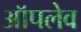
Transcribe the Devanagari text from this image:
ऑपलेव